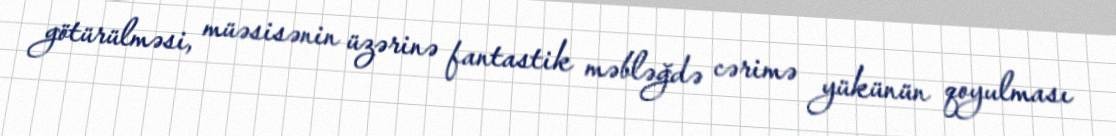
götürülməsi, müəsisənin üzərinə fantastik məbləğdə cərimə yükünün qoyulması